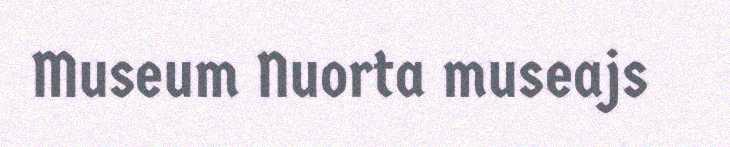
Museum Nuorta museajs